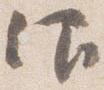
仰